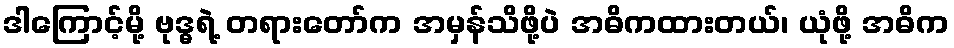
ဒါကြောင့်မို့ ဗုဒ္ဓရဲ့ တရားတော်က အမှန်သိဖို့ပဲ အဓိကထားတယ်၊ ယုံဖို့ အဓိက